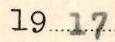
1917